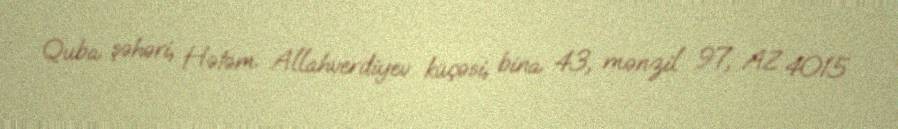
Quba şəhəri, Hətəm Allahverdiyev küçəsi, bina 43, mənzil 97, AZ 4015